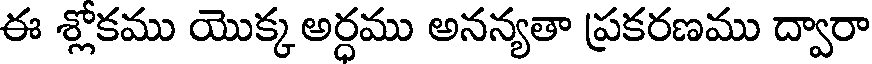
ఈ శ్లోకము యొక్క అర్ధము అనన్యతా ప్రకరణము ద్వారా